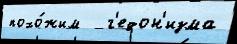
похо́жим   г'едон'изма